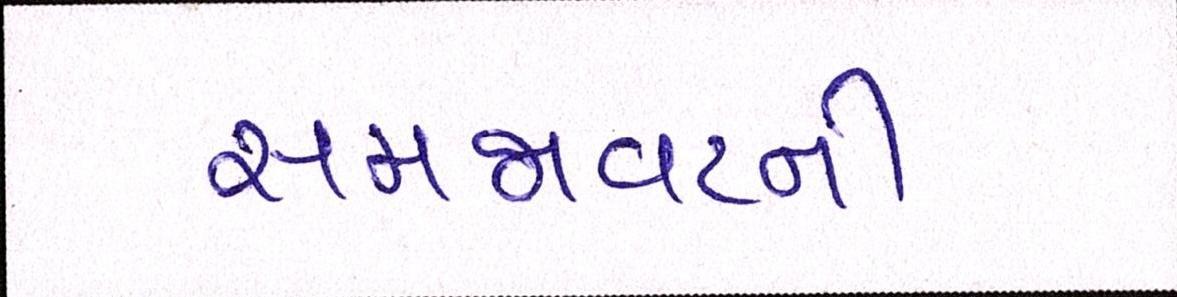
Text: સમજાવટની